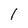
Character: 1